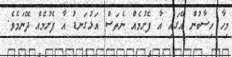
މިހާ ހިސާބުން އޭގައި އާ ފެށުމެއް ނެތަސް އަޅުގަނޑު އާ ފެށުމެއް ދޭނަމެވެ.